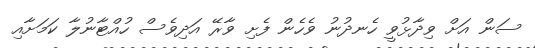
ސަން އަށް ވިދާޅުވީ ހެނދުނު ވެހެން ފެށި ވާރޭ އަދިވެސް ހުއްޓާނުލާ ކަމަށާއި